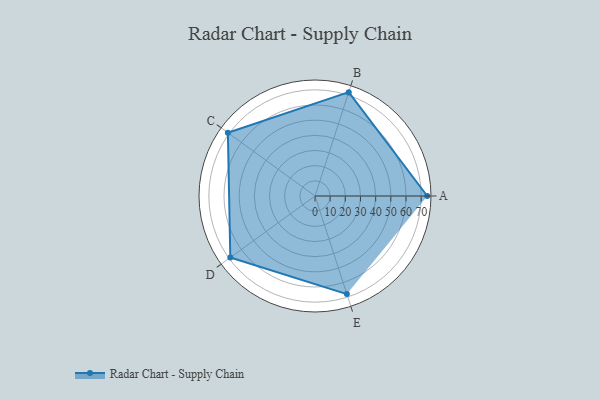
{"axis": {"x": "Skill", "y": "Score"}, "legend": ["Profile"], "data": [{"x": "A", "y": 74.0, "type": "Profile"}, {"x": "B", "y": 72.0, "type": "Profile"}, {"x": "C", "y": 71.0, "type": "Profile"}, {"x": "D", "y": 69.0, "type": "Profile"}, {"x": "E", "y": 68.0, "type": "Profile"}]}